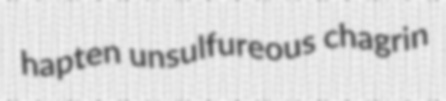
hapten unsulfureous chagrin